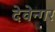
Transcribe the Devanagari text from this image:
देवेन्गर